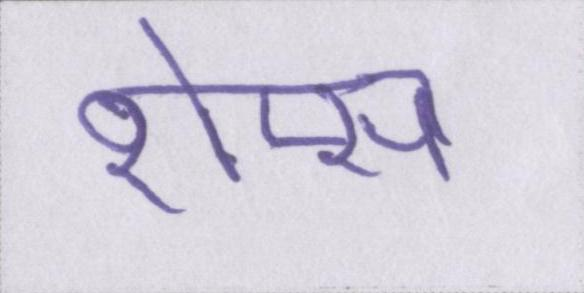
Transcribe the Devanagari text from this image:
शेप्स